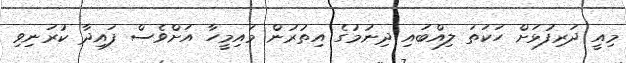
މިއީ ދަރިފުޅަށް ހަކަތަ ލިއްބައި ދިނުމުގެ އިތުރުން މައިމީހާ އަށްވެސް ފައިދާ ކުރަނިވި